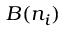
B ( n _ { i } )